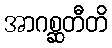
အာဂစ္ဆတီတိ